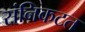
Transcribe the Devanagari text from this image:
संनिकटत